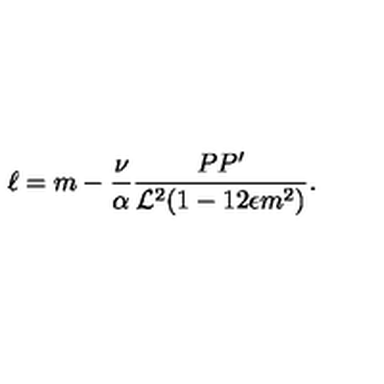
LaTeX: \ell = m - \frac { \nu } { \alpha } \frac { P P ^ { \prime } } { { \cal L } ^ { 2 } ( 1 - 1 2 \epsilon m ^ { 2 } ) } .